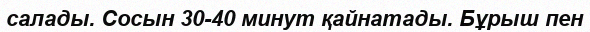
салады. Сосын 30-40 минут қайнатады. Бұрыш пен